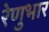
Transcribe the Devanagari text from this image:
रेणुभार